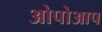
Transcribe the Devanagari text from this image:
ओपोआप